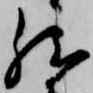
然